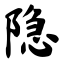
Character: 隐